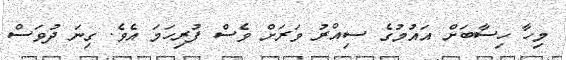
މިހާ ހިސާބަށް އައުމުގެ ސިއްރު ވަރަށް ވެސް ފުރިހަމަ އެވެ. ގިނަ ދުވަސް